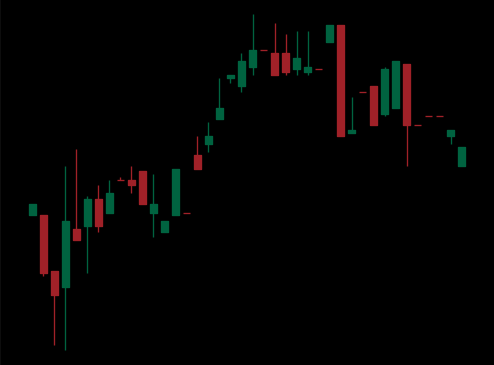
Pattern: bear_flag